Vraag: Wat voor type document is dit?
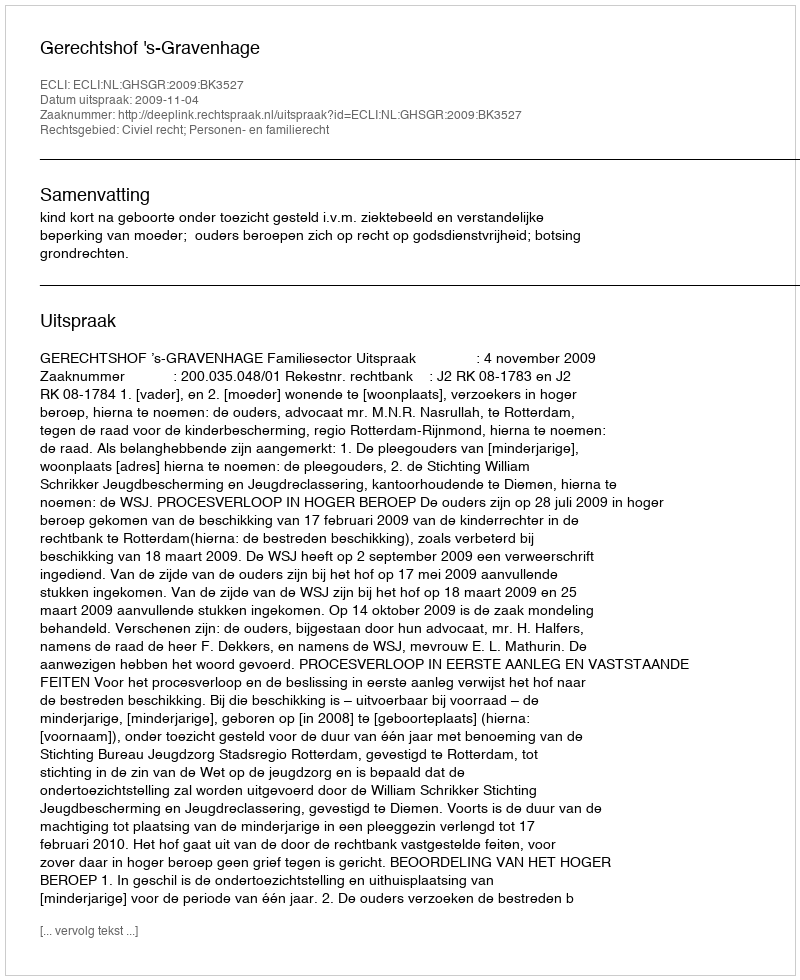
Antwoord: Uitspraak